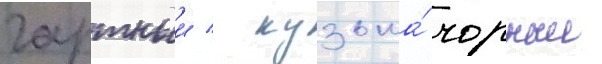
гартныи / кузьма́ чорныи